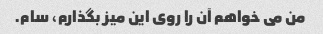
من می خواهم آن را روی این میز بگذارم، سام.